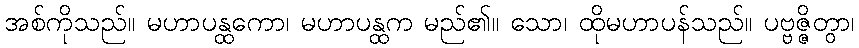
အစ်ကိုသည်။ မဟာပန္ထကော၊ မဟာပန္ထက မည်၏။ သော၊ ထိုမဟာပန်သည်။ ပဗ္ဗဇ္ဇိတွာ၊